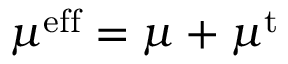
\mu ^ { \mathrm { e f f } } = \mu + \mu ^ { \mathrm { t } }